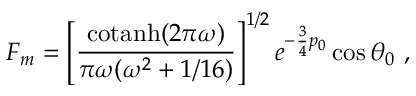
F _ { m } = \left[ { \frac { \mathrm { c o t a n h } ( 2 \pi \omega ) } { \pi \omega ( \omega ^ { 2 } + 1 / 1 6 ) } } \right] ^ { 1 / 2 } e ^ { - { \frac { 3 } { 4 } } p _ { 0 } } \cos \theta _ { 0 } \ ,